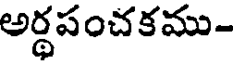
అర్థపంచకము-